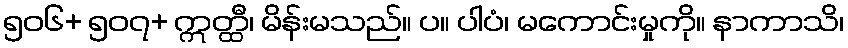
၅၀၆+ ၅၀၇+ ဣတ္ထီ၊ မိန်းမသည်။ ပ။ ပါပံ၊ မကောင်းမှုကို။ နာကာသိ၊